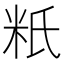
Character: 䉻